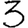
Digit: 3